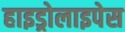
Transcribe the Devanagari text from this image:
हाइड्रोलाइपेस